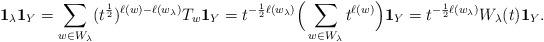
LaTeX: \begin{align*}\mathbf{1}_\lambda \mathbf{1}_Y &= \sum_{w\in W_\lambda} (t^{\frac12})^{\ell(w)-\ell(w_\lambda)} T_w\mathbf{1}_Y= t^{-\frac12\ell(w_\lambda)}\Big(\sum_{w\in W_\lambda} t^{\ell(w)}\Big)\mathbf{1}_Y= t^{-\frac12\ell(w_\lambda)}W_\lambda(t)\mathbf{1}_Y.\end{align*}